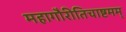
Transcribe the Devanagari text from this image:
महागौरीतिचाष्टमम्